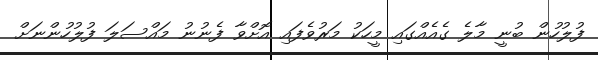
ފުލުހުން ބުނީ މާލެ ގެއެއްގައި މީހަކު މަރުވެފައި އޮށްވާ ފެނުނު މައްސަލަ ފުލުހުންނަށް